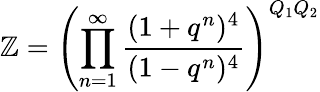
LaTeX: \mathbb{Z}=\left(\prod_{n=1}^{\infty}\frac{{(1+q^{n})^{4}}}{{(1-q^{n})^{4}}}\right)^{Q_{1}Q_{2}}